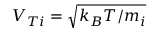
V _ { T i } = \sqrt { k _ { B } T / m _ { i } }